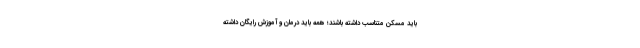
باید مسکن متناسب داشته باشند؛ همه باید درمان و آموزش رایگان داشته